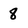
Character: 8